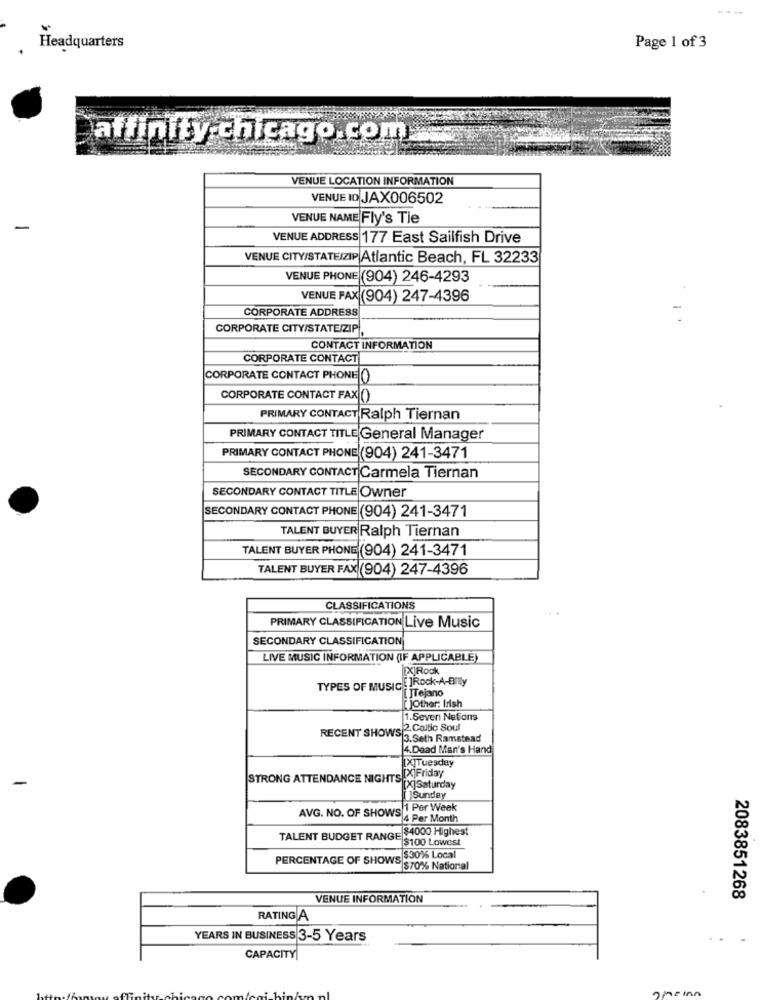
Headquarters
Page 1 of 3
affinity chicago.com
VENUE LOCATION INFORMATION
VENUE ID JAX006502
VENUE NAME Fly's Tie
-
VENUE ADDRESS 177 East Sailfish Drive
VENUE CITY/STATEIZIP Atlantic Beach, FL 32233
VENUE PHONE (904) 246-4293
VENUE FAX (904) 247-4396
CORPORATE ADDRESS
-
CORPORATE CITY/STATE/ZIP
CONTACT INFORMATION
CORPORATE CONTACT
CORPORATE CONTACT PHONE (
CORPORATE CONTACT FAX (
PRIMARY CONTACT Ralph Tiernan
PRIMARY CONTACT TITLE General Manager
PRIMARY CONTACT PHONE (904) 241-3471
SECONDARY CONTACT Carmela Tiernan
SECONDARY CONTACT TITLE Owner
SECONDARY CONTACT PHONE (904) 241-3471
TALENT BUYER Ralph Tiernan
TALENT BUYER PHONE (904) 241-3471
TALENT BUYER FAX (904) 247-4396
CLASSIFICATIONS
PRIMARY CLASSIFICATION Live Music
SECONDARY CLASSIFICATION
LIVE MUSIC INFORMATION (IF APPLICABLE)
[X]Rock
TYPES OF MUSIC ! Rock-A-Billy
JTejano
[ ]Other: Irish
1.Seven Nations
RECENT SHOWS
2. Coltic Soul
3 3.Seth Ramstead
4.Dead Man's Hand
[X]Tuesday
STRONG ATTENDANCE NIGHTS [X]Friday
[X]Saturday
[]Sunday
1 Per Week
AVG. NO. OF SHOWS HE
4 Per Month
TALENT BUDGET RANGE $4000 Highest
$100 Lowest
PERCENTAGE OF SHOWS $30% Local
$70% National
VENUE INFORMATION
2083851268
RATING A
YEARS IN BUSINESS 3-5 Years
CAPACITY